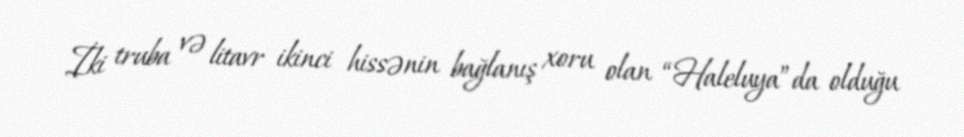
İki truba və litavr ikinci hissənin bağlanış xoru olan “Haleluya”da olduğu